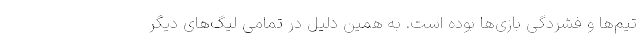
تیم‌ها و فشردگی بازی‌ها بوده است. به همین دلیل در تمامی لیگ‌های دیگر